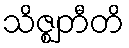
သိဇ္ဈတီတိ